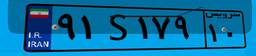
۱۴S۳۰۸۰۹